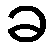
ခ